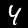
Digit: 4